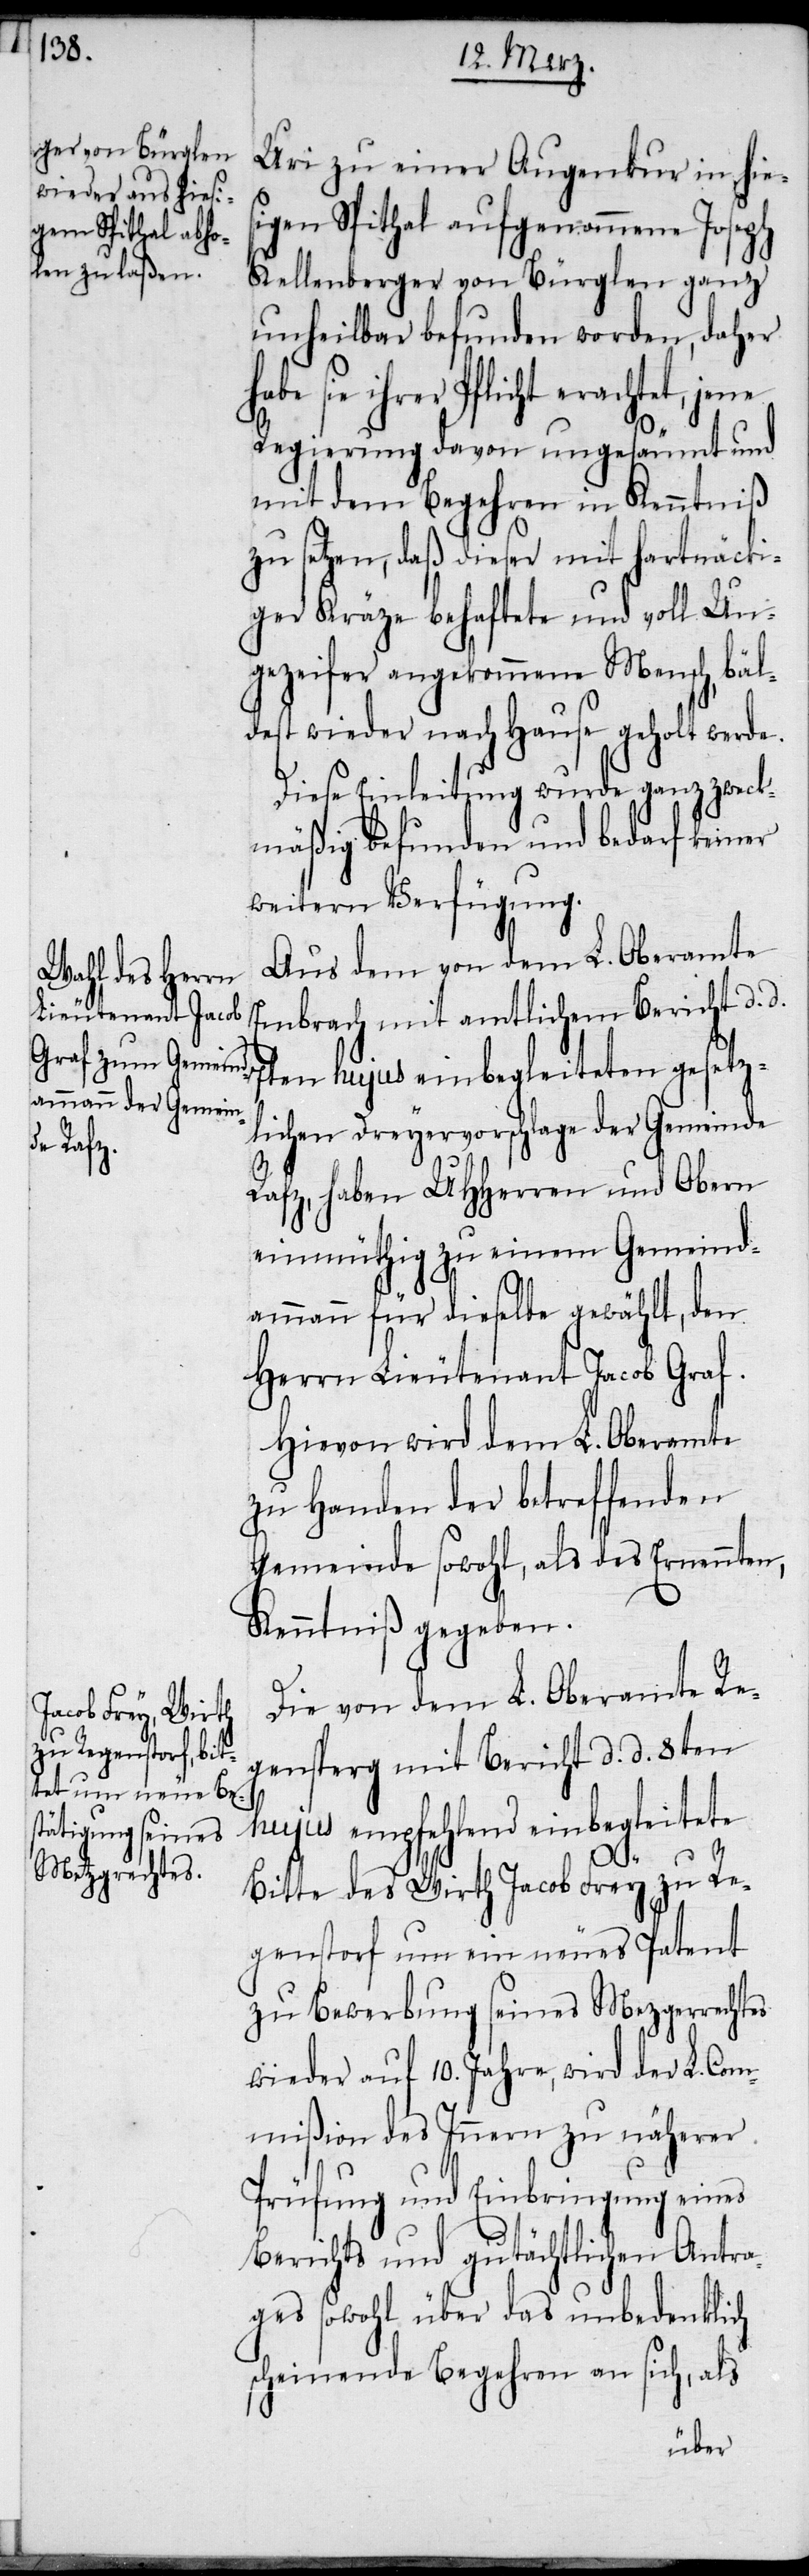
Uri zu einer Augenkur in hies¬
igen Spithal aufgenommene Joseph
Kellenberger von Bürglen ganz
unheilbar befunden worden, daher
sie ihrer Pflicht erachtet,
Regierung davon ungesäumt und
mit dem Begehren in Kenntniß
zu setzen, daß dieser mit hartnäcki¬
ger Kräze behaftete und voll Un¬
gezeifer angekommene Mensch, bäl¬
dest wieder nach Hause geholt werde.
Diese Einleitung wurde ganz zweck¬
mäßig befunden und bedarf keiner
weitern Verfügung.
Aus dem von dem L. Oberamte
Embrach mit amtlichem Bericht d. d.
7ten hujus einbegleiteten gesetz¬
lichen Dreyervorschlage der Gemeinde
Rafz, haben UHHerren und Obern
einmüthig zu einem Gemeind¬
ammann für dieselbe gewählt, den
Herrn Lieutenant Jacob Graf.
Hievon wird dem L. Oberamte
zu Handen der betreffenden
Gemeinde sowohl, als des Ernennten,
Kenntniß gegeben.
Die von dem L. Oberamte Re¬
gensperg mit Bericht d. d. 8ten
hujus empfehlend einbegleitete
Bitte des Wirth Jacob Frey zu Re¬
genstorf um ein neues Patent
zu Bewerbung seines Mezgerrechtes
wieder auf 10. Jahre, wird der L. Com¬
mißion des Innern zu näherer
Prüfung und Einbringung eines
Berichts und gutächtlichen Antra¬
ges sowohl über das unbedenklich
scheinende Begehren an sich, als